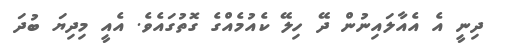
ދިނީ އެ އެއާލައިނުން ދޭ ހިލޭ ކެއުމެއްގެ ގޮތުގައެވެ. އެއީ މިދިޔަ ބުދަ